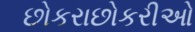
છોકરાછોકરીઓ